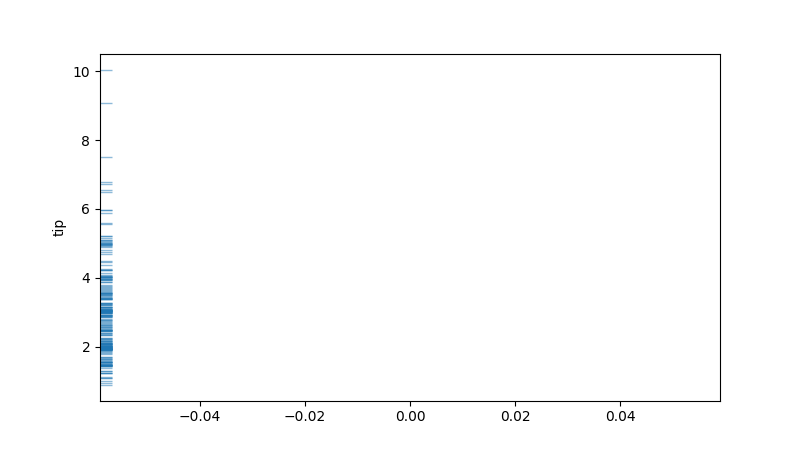
python, seaborn, rugplot, height=0.02, axis='y', alpha=0.5